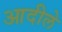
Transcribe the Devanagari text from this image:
आदीले